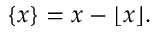
\{ x \} = x - \lfloor x \rfloor .